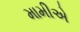
મામીએ